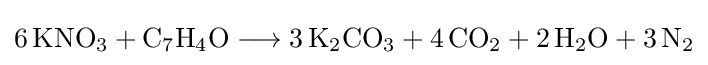
{6\,\mathrm {KNO} {\vphantom {A}}_{\smash[{t}]{3}}{}+{}\mathrm {C} {\vphantom {A}}_{\smash[{t}]{7}}\mathrm {H} {\vphantom {A}}_{\smash[{t}]{4}}\mathrm {O} {}\mathrel {\longrightarrow } {}3\,\mathrm {K} {\vphantom {A}}_{\smash[{t}]{2}}\mathrm {CO} {\vphantom {A}}_{\smash[{t}]{3}}{}+{}4\,\mathrm {CO} {\vphantom {A}}_{\smash[{t}]{2}}{}+{}2\,\mathrm {H} {\vphantom {A}}_{\smash[{t}]{2}}\mathrm {O} {}+{}3\,\mathrm {N} {\vphantom {A}}_{\smash[{t}]{2}}}